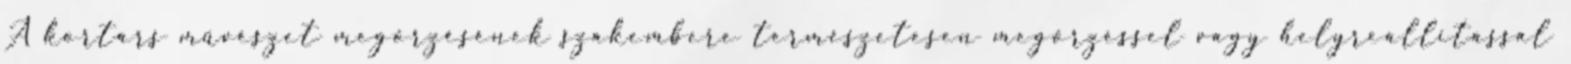
A kortárs művészet megőrzésének szakembere természetesen megőrzéssel vagy helyreállítással